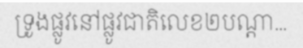
ទ្រូងផ្លូវនៅផ្លូវជាតិលេខ២បណ្តា...